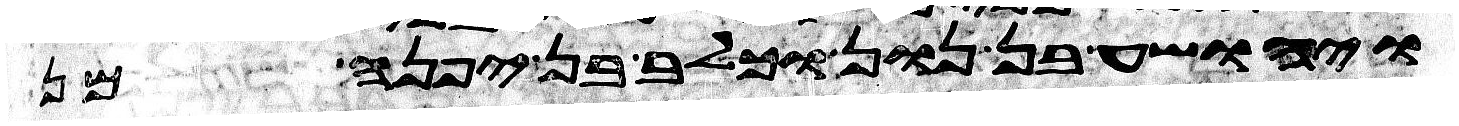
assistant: ויהושע בן נון וכלב בן יפנה מן